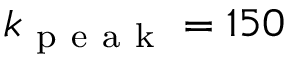
k _ { \mathrm { ~ p ~ e ~ a ~ k ~ } } = 1 5 0